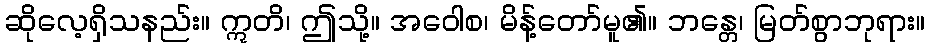
ဆိုလေ့ရှိသနည်း။ ဣတိ၊ ဤသို့။ အဝေါစ၊ မိန့်တော်မူ၏။ ဘန္တေ၊ မြတ်စွာဘုရား။